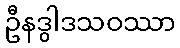
ဦနဒွါဒသဝဿာ